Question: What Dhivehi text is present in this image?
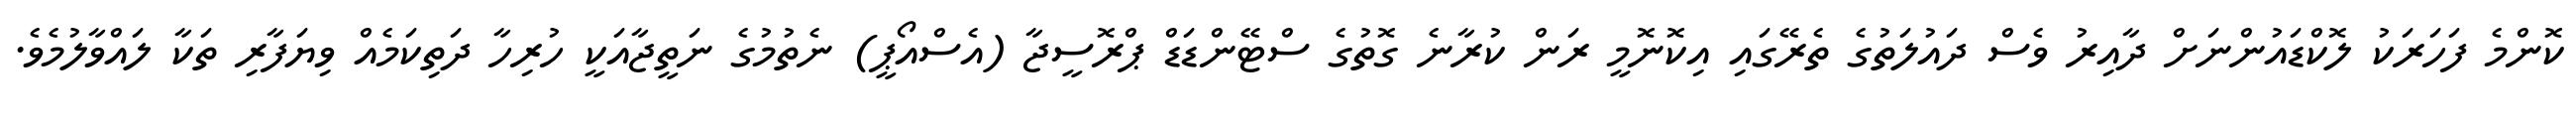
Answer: ކޮންމެ ފަހަރަކު ލޮކްޑައުންނަށް ދާއިރު ވެސް ދައުލަތުގެ ތެރޭގައި އިކޮނޮމީ ރަން ކުރާނެ ގޮތުގެ ސްޓޭންޑަޑް ޕްރޮސީޖާ (އެސްއޯޕީ) ނެތުމުގެ ނަތީޖާއަކީ ހުރިހާ ދަތިކަމެއް ވިޔަފާރި ތަކާ ލައްވާލުމެވެ.